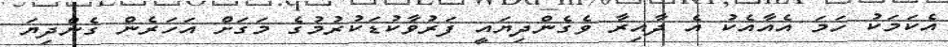
އެކަމަކު ހަމަ އެއާއެކު އެ ދާއިރާ ވެގެންދިޔައީ ފަރުވާކުޑަކުރުމުގެ މަގަށް އަހަރެން ގެންދިޔަ